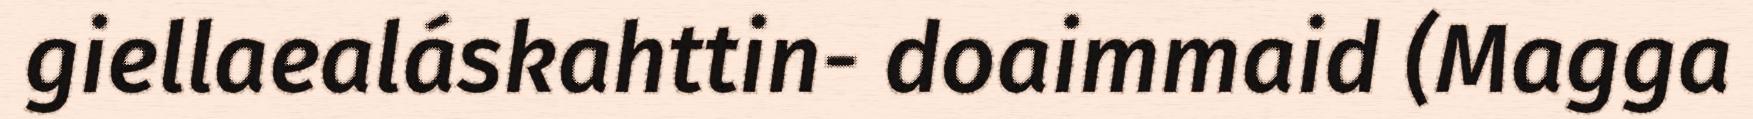
giellaealáskahttin- doaimmaid (Magga